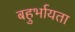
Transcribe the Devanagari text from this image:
बहुर्भायता